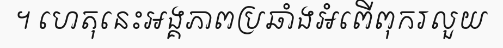
។ ហេតុនេះអង្គភាពប្រឆាំងអំពើពុករលួយ